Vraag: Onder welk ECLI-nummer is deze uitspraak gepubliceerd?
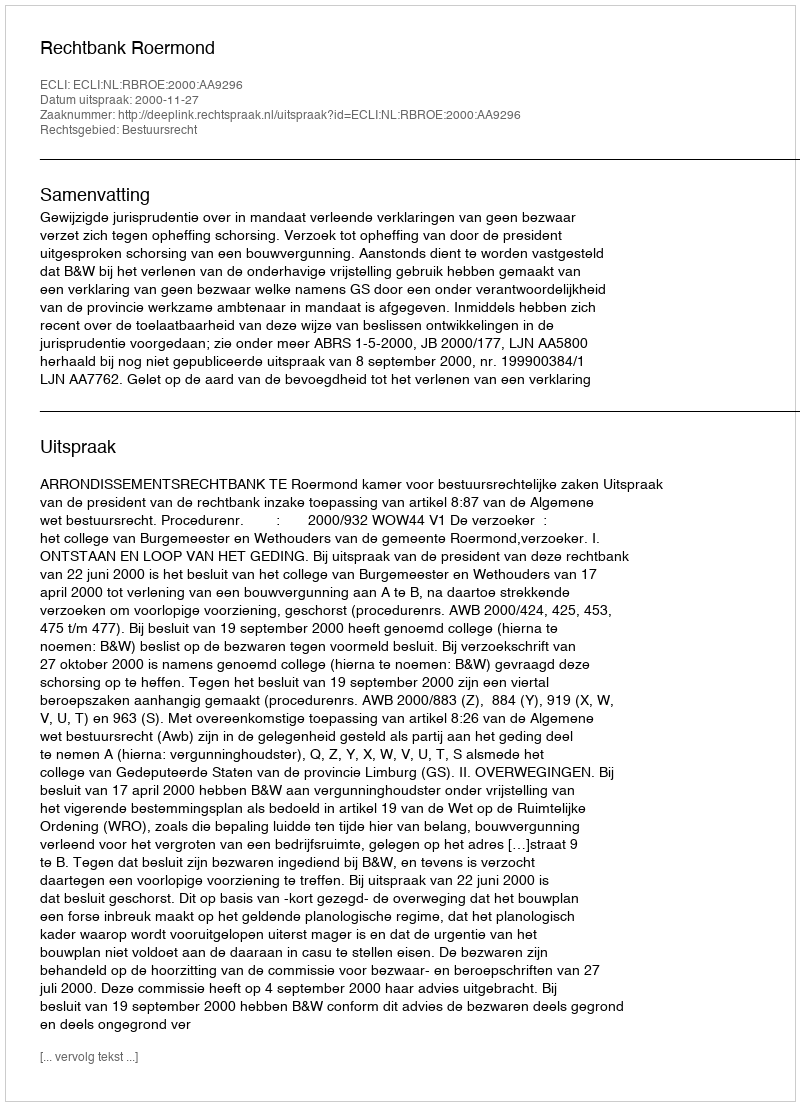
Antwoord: ECLI:NL:RBROE:2000:AA9296